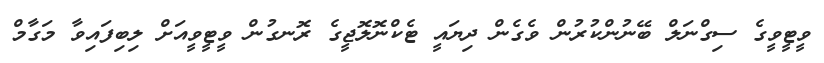
ވީޓީވީގެ ސިގްނަލް ބޭނުންކުރުން ވެގެން ދިޔައީ ޓެކްނޮލޮޖީގެ ރޮނގުން ވީޓީވީއަށް ލިބިފައިވާ މަގާމް